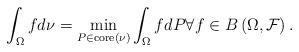
LaTeX: \begin{align*}\int_{\Omega }fd\nu =\min_{P\in \mathrm{core}\left( \nu \right)}\int_{\Omega }fdP\forall f\in B\left( \Omega ,\mathcal{F}\right) .\end{align*}